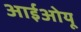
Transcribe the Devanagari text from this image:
आईओयू